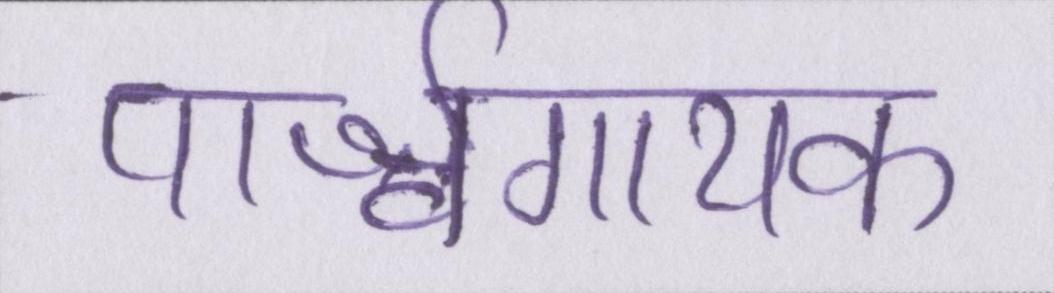
पार्श्वगायक